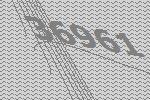
36961